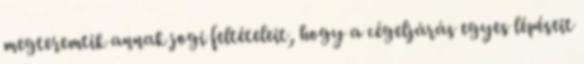
megteremtik annak jogi feltételeit, hogy a cégeljárás egyes lépéseit